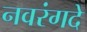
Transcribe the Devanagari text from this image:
नवरंगदे